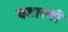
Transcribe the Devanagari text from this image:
वडारणी